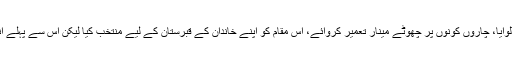
پہلے انہوں نے اس ٹکری (چٹان) کو صاف کروایا، پھر چار دیواری تعمیر کروائی، اینٹوں کا فرش ڈلوایا، چاروں کونوں پر چھوٹے مینار تعمیر کروائے، اس مقام کو اپنے خاندان کے قبرستان کے لیے منتخب کیا لیکن اس سے پہلے انہوں نے یہاں چاندنی راتوں میں محافل سجانے کا اہتمام کیا اور اس جگہ کا نام صفئہ صفا تجویز کیا۔